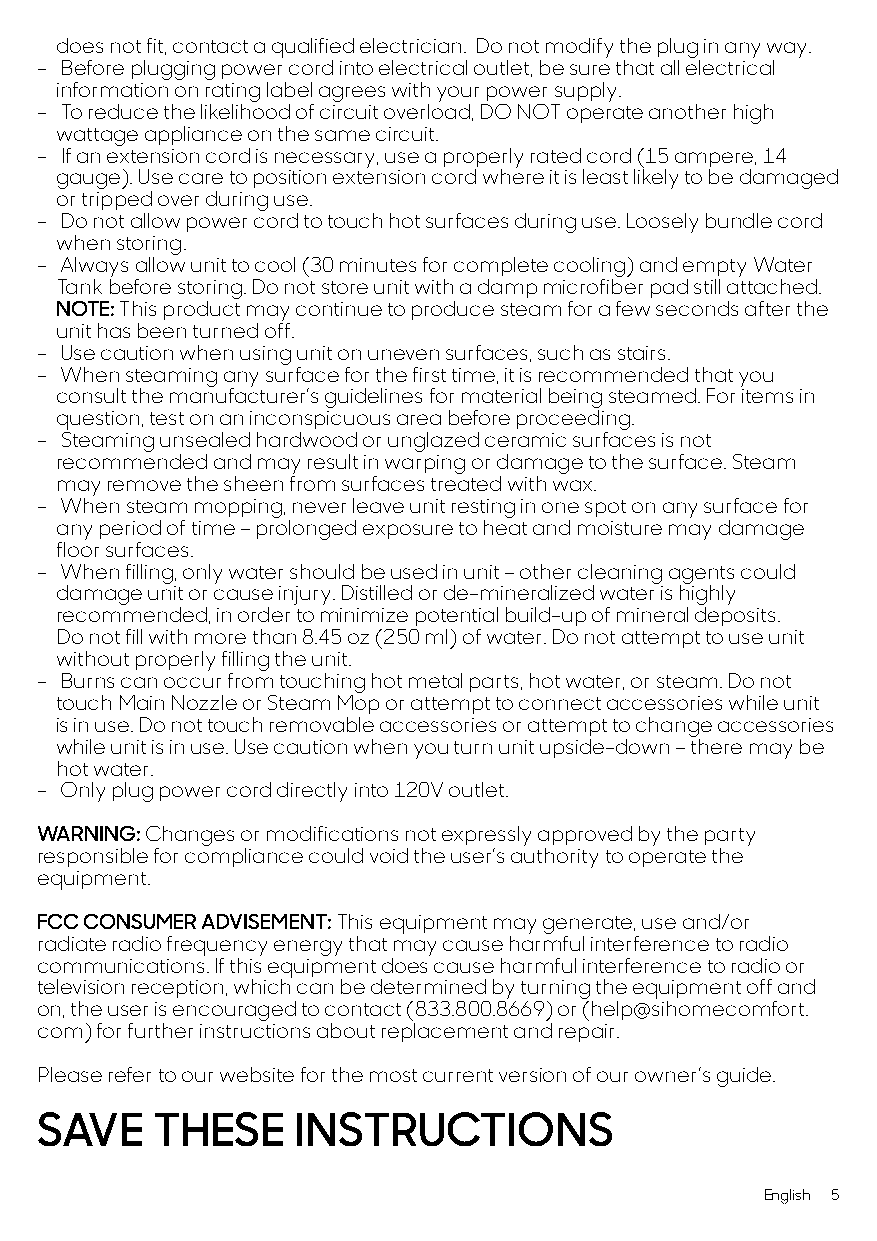
does not fit, contact a qualified electrician. Do not modify the plug in any way.
 - Before plugging power cord into electrical outlet, be sure that all electrical
 information on rating label agrees with your power supply.
 - To reduce the likelihood of circuit overload, DO NOT operate another high
 wattage appliance on the same circuit.
 - If an extension cord is necessary, use a properly rated cord (15 ampere, 14
 gauge). Use care to position extension cord where it is least likely to be damaged
 or tripped over during use.
 - Do not allow power cord to touch hot surfaces during use. Loosely bundle cord
 when storing.
 - Always allow unit to cool (30 minutes for complete cooling) and empty Water
 Tank before storing. Do not store unit with a damp microfiber pad still attached.
 NOTE: This product may continue to produce steam for a few seconds after the
 unit has been turned off.
 - Use caution when using unit on uneven surfaces, such as stairs.
 - When steaming any surface for the first time, it is recommended that you
 consult the manufacturer’s guidelines for material being steamed. For items in
 question, test on an inconspicuous area before proceeding.
 - Steaming unsealed hardwood or unglazed ceramic surfaces is not
 recommended and may result in warping or damage to the surface. Steam
 may remove the sheen from surfaces treated with wax.
 - When steam mopping, never leave unit resting in one spot on any surface for
 any period of time – prolonged exposure to heat and moisture may damage
 floor surfaces.
 - When filling, only water should be used in unit – other cleaning agents could
 damage unit or cause injury. Distilled or de-mineralized water is highly
 recommended, in order to minimize potential build-up of mineral deposits.
 Do not fill with more than 8.45 oz (250 ml) of water. Do not attempt to use unit
 without properly filling the unit.
 - Burns can occur from touching hot metal parts, hot water, or steam. Do not
 touch Main Nozzle or Steam Mop or attempt to connect accessories while unit
 is in use. Do not touch removable accessories or attempt to change accessories
 while unit is in use. Use caution when you turn unit upside-down – there may be
 hot water.
 - Only plug power cord directly into 120V outlet.
 WARNING: Changes or modifications not expressly approved by the party
 responsible for compliance could void the user’s authority to operate the
 equipment.
 FCC CONSUMER ADVISEMENT: This equipment may generate, use and/or
 radiate radio frequency energy that may cause harmful interference to radio
 communications. If this equipment does cause harmful interference to radio or
 television reception, which can be determined by turning the equipment off and
 on, the user is encouraged to contact (833.800.8669) or (help@sihomecomfort.
 com) for further instructions about replacement and repair.
 Please refer to our website for the most current version of our owner’s guide.
 SAVE    THESE     INSTRUCTIONS
 English 5